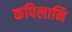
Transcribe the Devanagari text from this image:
कपिलानि